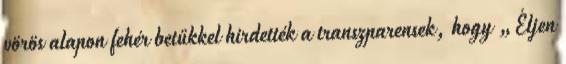
vörös alapon fehér betűkkel hirdették a transzparensek, hogy „Éljen